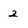
Character: 2